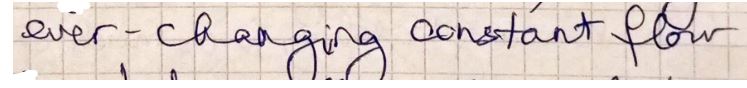
ever-changing constant floor.